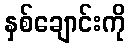
နှစ်ချောင်းကို